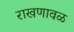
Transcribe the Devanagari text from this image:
राखणावळ